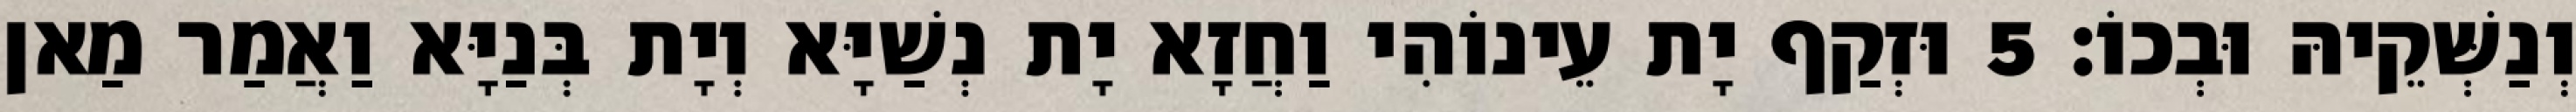
וְנַשְּׁקֵיהּ וּבְכוֹ׃ 5 וּזְקַף יָת עֵינוֹהִי וַחֲזָא יָת נְשַׁיָּא וְיָת בְּנַיָּא וַאֲמַר מַאן